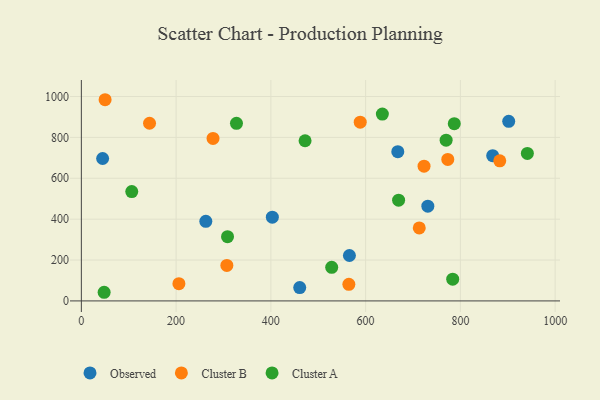
{"axis": {"x": "Distance", "y": "Yield"}, "legend": ["Cluster A", "Cluster B", "Observed"], "data": [{"x": "262.7", "y": 389.6, "type": "Observed"}, {"x": "731.3", "y": 463.4, "type": "Observed"}, {"x": "44.9", "y": 696.8, "type": "Observed"}, {"x": "403.1", "y": 409.6, "type": "Observed"}, {"x": "902.0", "y": 878.8, "type": "Observed"}, {"x": "868.2", "y": 710.7, "type": "Observed"}, {"x": "667.9", "y": 730.0, "type": "Observed"}, {"x": "460.9", "y": 65.5, "type": "Observed"}, {"x": "565.8", "y": 222.2, "type": "Observed"}, {"x": "883.1", "y": 685.2, "type": "Cluster B"}, {"x": "723.3", "y": 659.3, "type": "Cluster B"}, {"x": "143.9", "y": 869.3, "type": "Cluster B"}, {"x": "50.1", "y": 984.3, "type": "Cluster B"}, {"x": "773.4", "y": 692.1, "type": "Cluster B"}, {"x": "205.9", "y": 84.6, "type": "Cluster B"}, {"x": "588.6", "y": 874.4, "type": "Cluster B"}, {"x": "713.2", "y": 357.0, "type": "Cluster B"}, {"x": "307.1", "y": 173.9, "type": "Cluster B"}, {"x": "277.9", "y": 795.1, "type": "Cluster B"}, {"x": "564.6", "y": 81.2, "type": "Cluster B"}, {"x": "787.1", "y": 867.3, "type": "Cluster A"}, {"x": "308.5", "y": 314.1, "type": "Cluster A"}, {"x": "635.3", "y": 914.2, "type": "Cluster A"}, {"x": "327.4", "y": 868.9, "type": "Cluster A"}, {"x": "472.2", "y": 783.7, "type": "Cluster A"}, {"x": "528.4", "y": 164.4, "type": "Cluster A"}, {"x": "783.8", "y": 106.5, "type": "Cluster A"}, {"x": "106.4", "y": 535.0, "type": "Cluster A"}, {"x": "941.4", "y": 721.7, "type": "Cluster A"}, {"x": "669.6", "y": 493.1, "type": "Cluster A"}, {"x": "48.1", "y": 42.3, "type": "Cluster A"}, {"x": "769.9", "y": 786.6, "type": "Cluster A"}]}